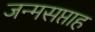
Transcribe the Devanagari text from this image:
जन्मसप्ताह